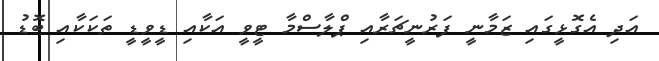
އަދި އެގޮޅީގައި ޒަމާނީ ފަރުނީޗަރާއި ޕްލާސްމާ ޓީވީ އަކާއި ޑީވީޑީ ތަކަކާއި ބޮޑު